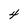
Character: 4